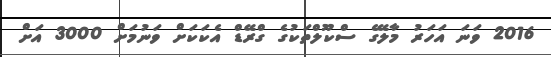
2016 ވަނަ އަހަރު މާލޭގެ ސްކޫލްތަކުގެ ގްރޭޑް އެކަކަށް ވަނުމަށް 3000 އަށް